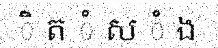
ិ ត ំ ស ំ ង